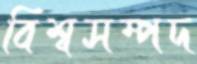
বিশ্বসম্পদ